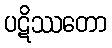
ပဋိဿတော